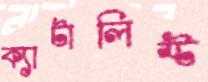
ক্যাটালিস্ট